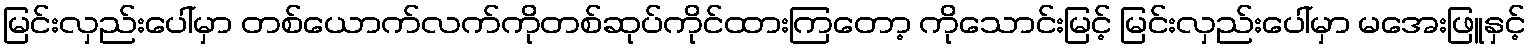
မြင်းလှည်းပေါ်မှာ တစ်ယောက်လက်ကိုတစ်ဆုပ်ကိုင်ထားကြတော့ ကိုသောင်းမြင့် မြင်းလှည်းပေါ်မှာ မအေးဖြူနှင့်